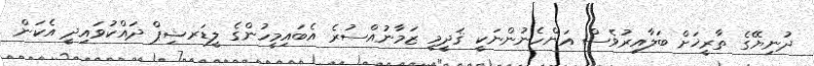
ދުނިޔޭގެ ތާރީޚަށް ބަލާއިރުވެސް އަންހެނުންނަކީ ޤަދީމީ ޒަމާނުއްސުރެ އެބައިމީހުންގެ ލީޑަރޝިޕް ދައްކުވައިދީ އެކަން